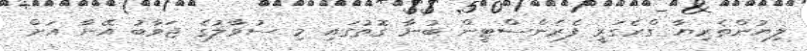
ލިޔުންތެރިޔާ ގްރެގަރީ ފެރެންސްޓީން ބުނާ ގޮތުގައި މި ސުވާލުގެ ޖަވާބު އޭނާ އަށް